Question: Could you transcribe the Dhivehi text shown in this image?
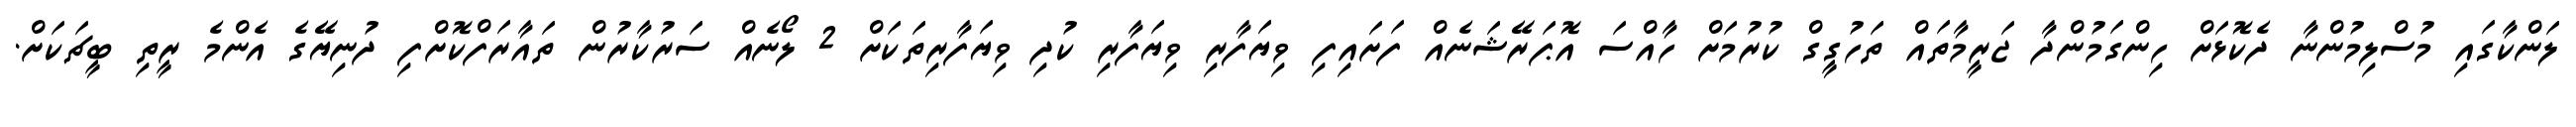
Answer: ލަންކާގައި މުސްލިމުންނާ ދެކޮޅަށް ހިންގަމުންދާ ޖަރީމާތައް ތަހުގީގް ކުރުމަށް ހާއްސަ އޮޕަރޭޝަނެއް ފަށައިފި ވިޔަފާރި ވިޔަފާރި ކުދި ވިޔަފާރިތަކަށް 2 ލޯނެއް ސަރުކާރުން ތައާރަފްކޮށްފި ދުނިޔޭގެ އެންމެ ރީތި ބީޗަކަށް.